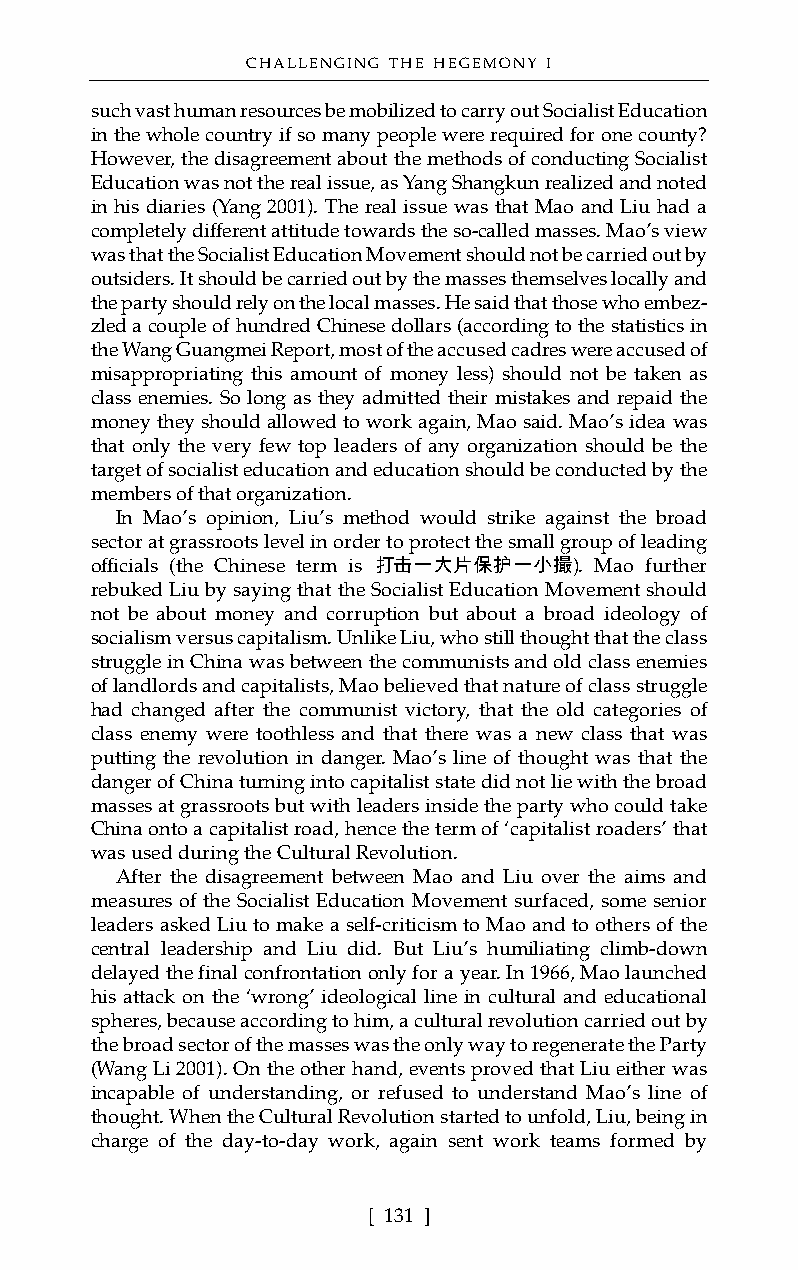
CHALLENGING THE HEGEMONY I
 such vast human resources be mobilized to carry out Socialist Education
 in the whole country if so many people were required for one county?
 However, the disagreement about the methods of conducting Socialist
 Education was not the real issue, as Yang Shangkun realized and noted
 in his diaries (Yang 2001). The real issue was that Mao and Liu had a
 completely different attitude towards the so-called masses. Mao’s view
 was that the Socialist Education Movement should not be carried out by
 outsiders. It should be carried out by the masses themselves locally and
 the party should rely on the local masses. He said that those who embez-
 zled a couple of hundred Chinese dollars (according to the statistics in
 the Wang Guangmei Report, most of the accused cadres were accused of
 misappropriating this amount of money less) should not be taken as
 class enemies. So long as they admitted their mistakes and repaid the
 money they should allowed to work again, Mao said. Mao’s idea was
 that only the very few top leaders of any organization should be the
 target of socialist education and education should be conducted by the
 members of that organization.
 In Mao’s opinion, Liu’s method would strike against the broad
 sector at grassroots level in order to protect the small group of leading
 officials (the Chinese term is 打击一大片保护一小撮). Mao further
 rebuked Liu by saying that the Socialist Education Movement should
 not be about money and corruption but about a broad ideology of
 socialism versus capitalism. Unlike Liu, who still thought that the class
 struggle in China was between the communists and old class enemies
 of landlords and capitalists, Mao believed that nature of class struggle
 had changed after the communist victory, that the old categories of
 class enemy were toothless and that there was a new class that was
 putting the revolution in danger. Mao’s line of thought was that the
 danger of China turning into capitalist state did not lie with the broad
 masses at grassroots but with leaders inside the party who could take
 China onto a capitalist road, hence the term of ‘capitalist roaders’ that
 was used during the Cultural Revolution.
 After the disagreement between Mao and Liu over the aims and
 measures of the Socialist Education Movement surfaced, some senior
 leaders asked Liu to make a self-criticism to Mao and to others of the
 central leadership and Liu did. But Liu’s humiliating climb-down
 delayed the final confrontation only for a year. In 1966, Mao launched
 his attack on the ‘wrong’ ideological line in cultural and educational
 spheres, because according to him, a cultural revolution carried out by
 the broad sector of the masses was the only way to regenerate the Party
 (Wang Li 2001). On the other hand, events proved that Liu either was
 incapable of understanding, or refused to understand Mao’s line of
 thought. When the Cultural Revolution started to unfold, Liu, being in
 charge of the day-to-day work, again sent work teams formed by
 [ 131 ]